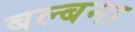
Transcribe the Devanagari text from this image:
बल्बना